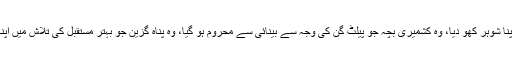
اپنے خطاب کے آخر میں انہوں نے کہا کہ جس کشمیری بیوہ نے اپنا شوہر کھو دیا، وہ کشمیری بچہ جو پیلٹ گن کی وجہ سے بینائی سے محروم ہو گیا، وہ پناہ گزین جو بہتر مستقبل کی تلاش میں اپنا سب کچھ گنوا بیٹھا، ان سب کی نگاہیں اس ایوان کو دیکھ رہی ہیں۔